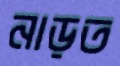
নাড়ত